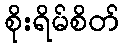
စိုးရိမ်စိတ်